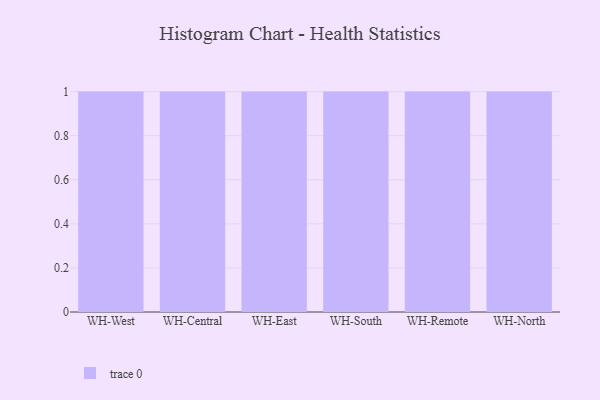
{"axis": {"x": "Warehouse", "y": "Energy Usage (MWh)"}, "legend": [""], "data": [{"x": "WH-West", "y": 73, "type": ""}, {"x": "WH-Central", "y": 20, "type": ""}, {"x": "WH-East", "y": 31, "type": ""}, {"x": "WH-South", "y": 90, "type": ""}, {"x": "WH-Remote", "y": 13, "type": ""}, {"x": "WH-North", "y": 36, "type": ""}]}